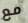
مع